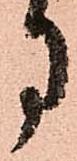
月